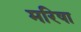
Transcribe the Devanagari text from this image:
मरिषा